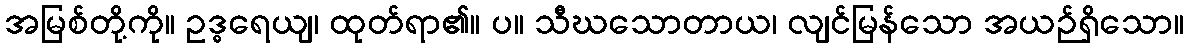
အမြစ်တို့ကို။ ဥဒ္ဓရေယျ၊ ထုတ်ရာ၏။ ပ။ သီဃသောတာယ၊ လျင်မြန်သော အယဉ်ရှိသော။